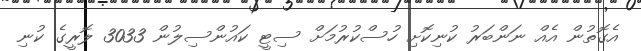
އެގޮތުން އެއް ނަންބަރު ކުނިކޮށި ހުސްކުރުމަށް ސިޓީ ކައުންސިލުން 3033 ލޮރީގެ ކުނި